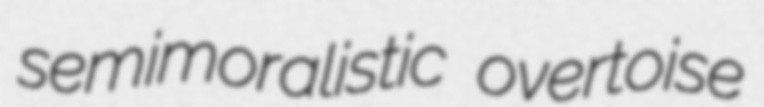
semimoralistic overtoise